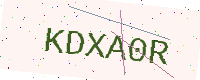
Text: KDXA0R